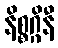
နိစ္စဂ္ဂိနီ